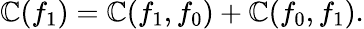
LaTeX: \mathbb{C}(f_{1})=\mathbb{C}(f_{1},f_{0})+\mathbb{C}(f_{0},f_{1}).